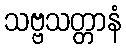
သဗ္ဗသတ္တာနံ